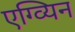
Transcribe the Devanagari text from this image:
एग्व्यिन